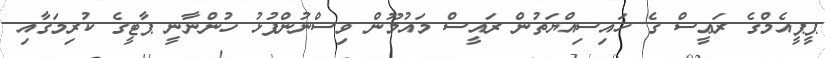
ޕީޕީއެމްގެ ރަޢީސް ގެ ހައިސިއްޔަތުން ރައީސް މައުމޫން ވިސްނުންފުޅު ހުންނާނީ ޕާޓީގެ ކުރިމަގާއި